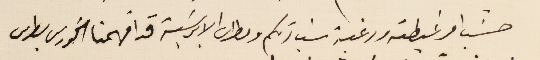
حسَب امر غبطته ورغبة سَيادتكم ومطران الابرشية قد افهمنا الخورى بطرس